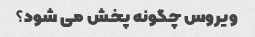
ویروس چگونه پخش می شود؟